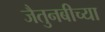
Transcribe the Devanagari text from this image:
जैतुनबीच्या